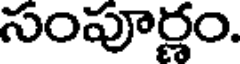
సంపూర్ణం.